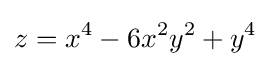
z=x^{4}-6x^{2}y^{2}+y^{4}